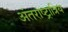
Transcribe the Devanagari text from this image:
अंतराष्ट्रात्रिय